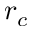
r _ { c }